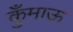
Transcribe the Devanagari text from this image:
कुँमाऊ